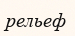
рельеф